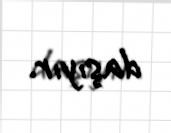
daşıyır.